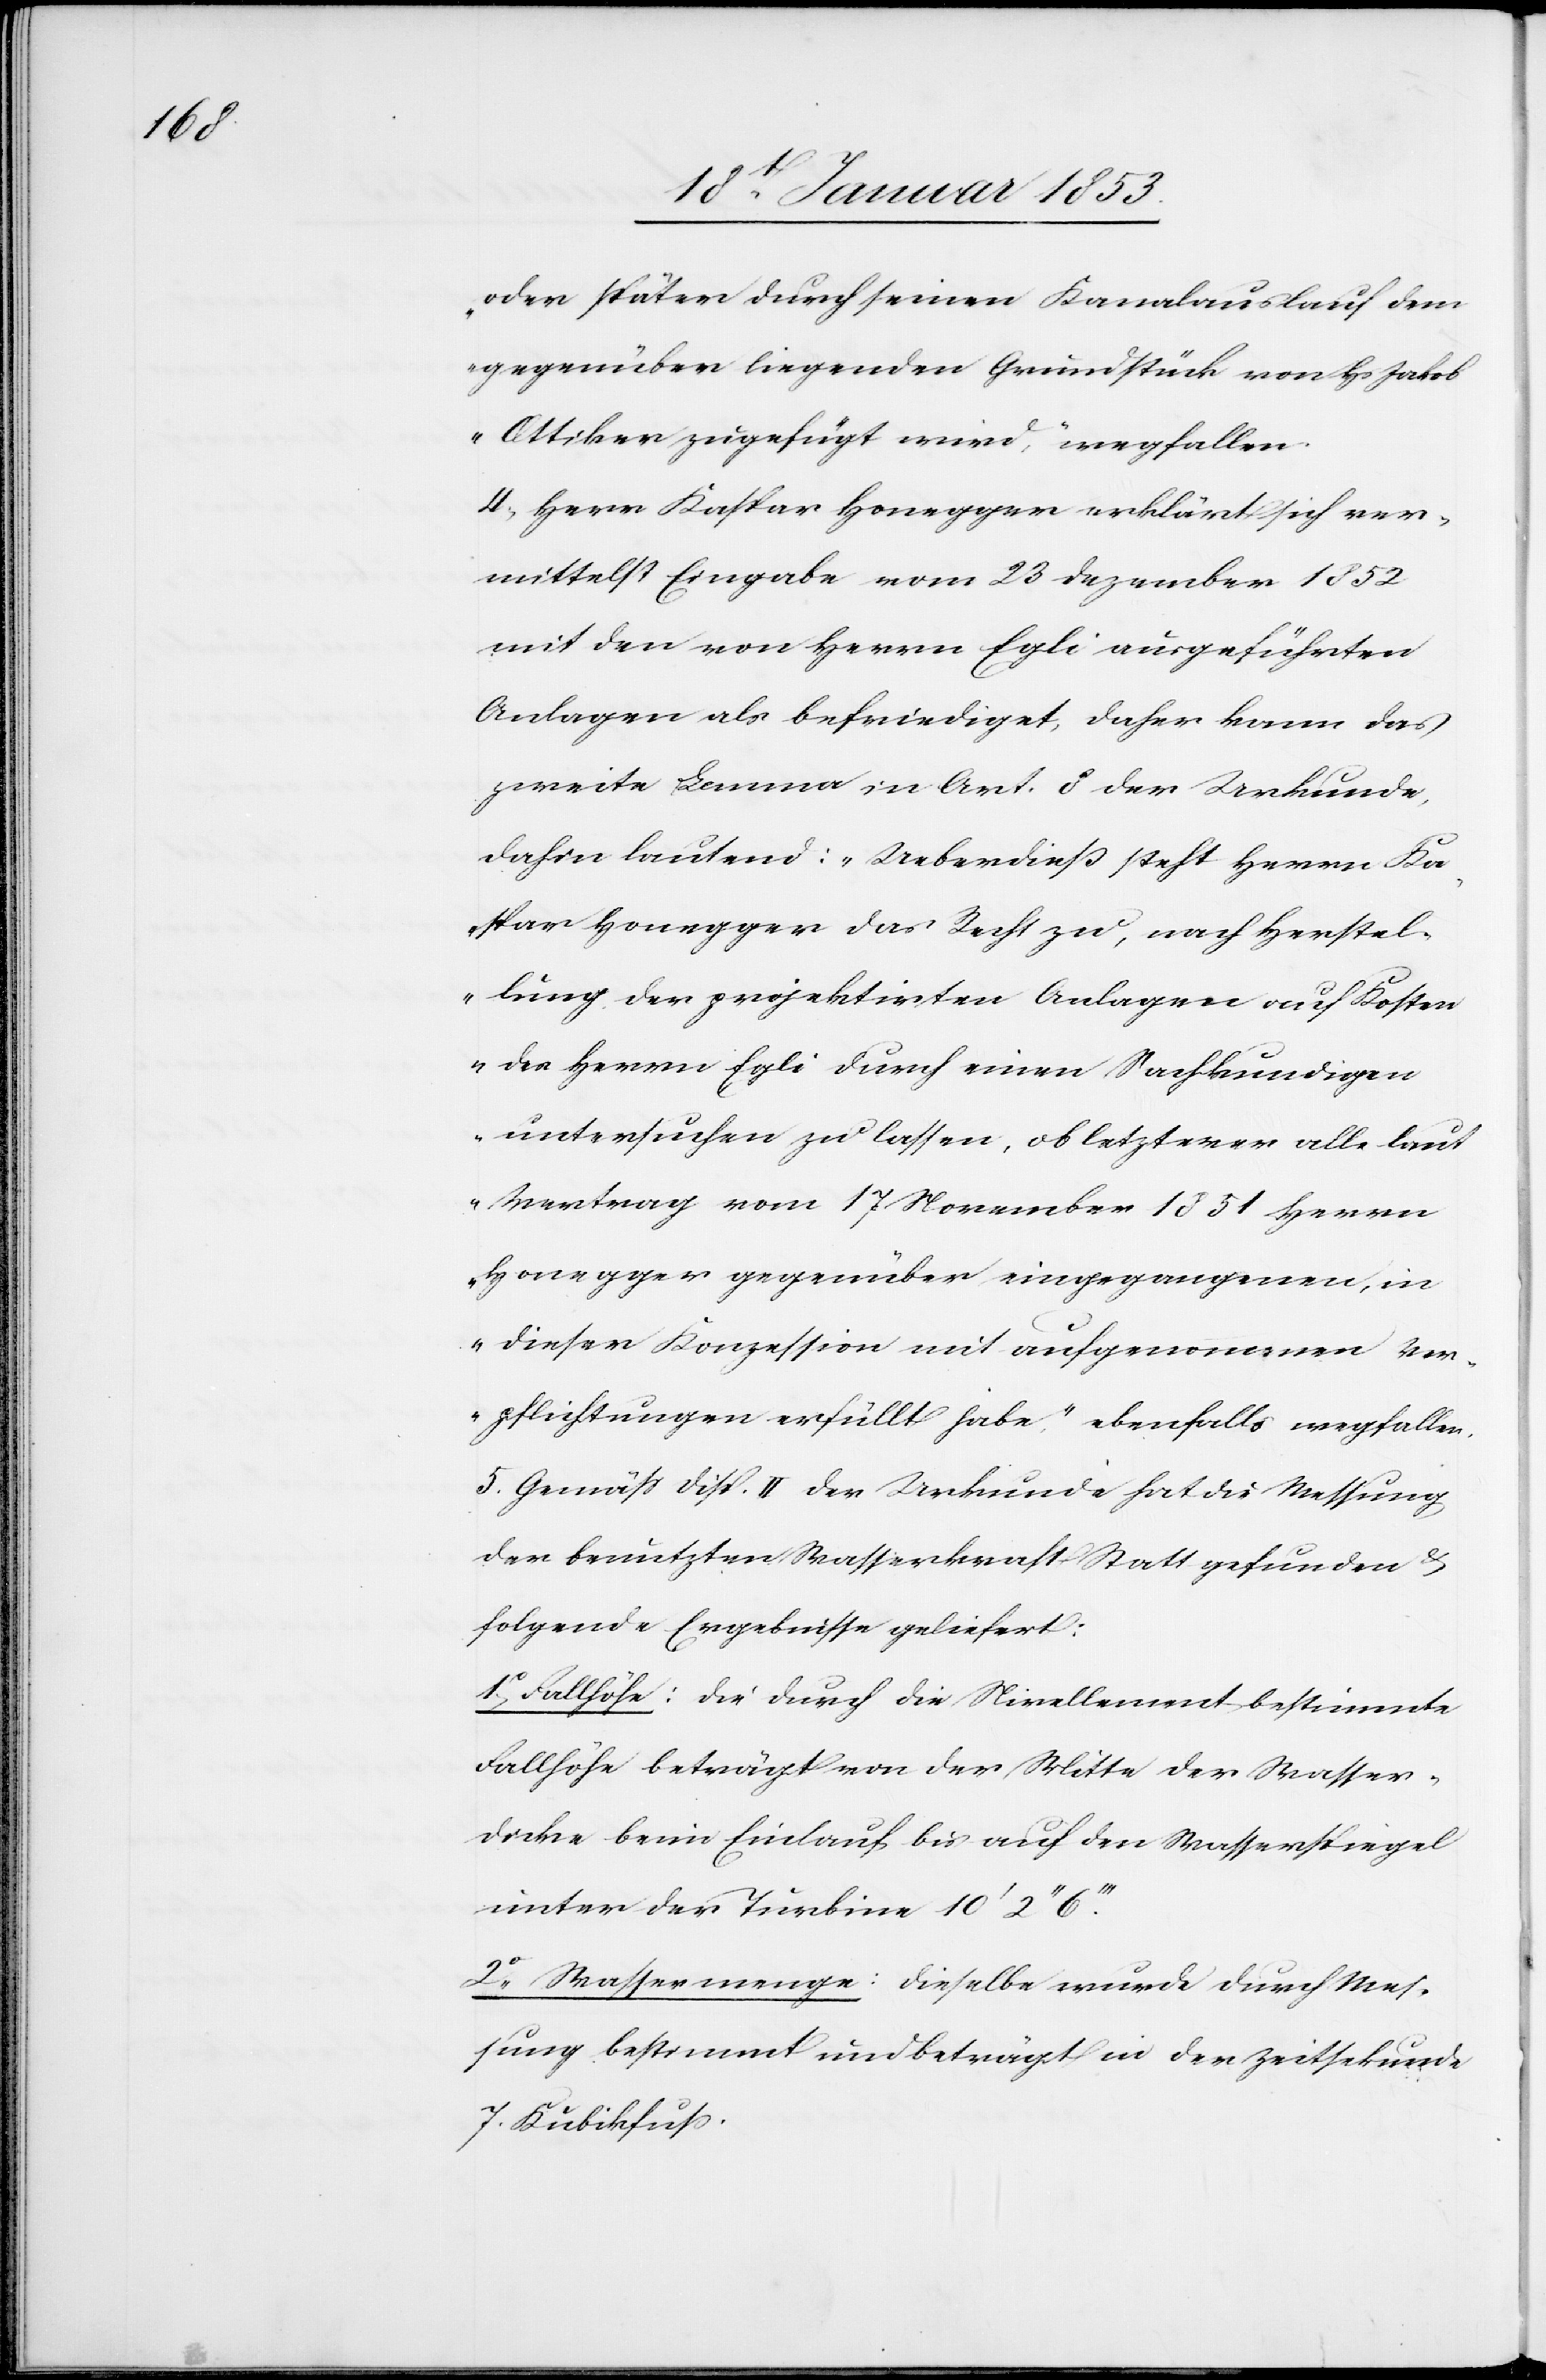
oder später durch seinen Kanalauslauf dem
gegenüber liegenden Grundstück von Hs. Jakob
Ottiker zugefügt wird“ wegfallen.
4. Herr Kaspar Honegger erklärt sich ver¬
mittelst Eingabe vom 23 Dezember 1852
mit den von Herrn Egli angeführten
Anlagen als befriediget, daher kann das
zweite Lemma in Art. 8 der Urkunde
dahin lautend: „Ueberdieß steht Herrn Ka¬
spar Honegger das Recht zu, nach Herstel¬
lung der projektirten Anlagen auf Koste¬
n der Herrn Egli durch einen Sachkundigen
untersuchen zu lassen, ob letzterer alle laut
Vertrag vom 17 November 1851 Herrn
Honegger gegenüber eingegangen, in
dieser Konzession mit aufgenommenen Ver¬
pflichtungen erfüllt habe.“ ebenfalls wegfallen.
5. Gemäß disp. II. der Urkunde hat die Messung
der benutzten Wasserkraft Statt gefunden u.
folgende Ergebnisse geliefert:
1.° Fallhöhe: die durch die Nivellement bestimmte
Fallhöhe beträgt von der Mitte der Wasser¬
decke beim Einlauf bis auf den Wasserspiegel
unter der Turbine 10’ 2“
2.° Wassermenge: dieselbe wurde durch Mes¬
sung bestimmt und beträgt in der Zeitsekunde
7 Kubikfuß.